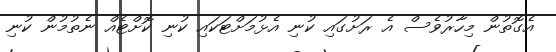
އެގޮތުން މިހާރުވެސް އެ ރަށުގައި ކުނި އެޅުމަށްޓަކައި ކުނި ކޮށްޓެއް ނެތުމުން ކުނި